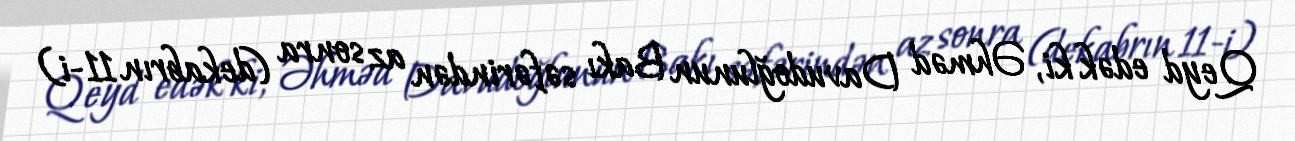
Qeyd edək ki, Əhməd Davudoğlunun Bakı səfərindən az sonra (dekabrın 11-i)